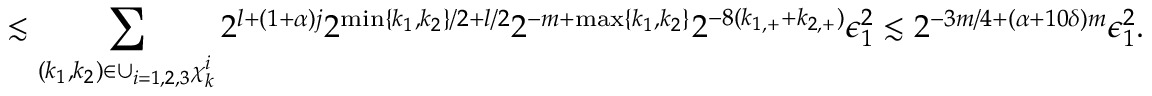
\lesssim \sum _ { ( k _ { 1 } , k _ { 2 } ) \in \cup _ { i = 1 , 2 , 3 } \chi _ { k } ^ { i } } 2 ^ { l + ( 1 + \alpha ) j } 2 ^ { \operatorname* { m i n } \{ k _ { 1 } , k _ { 2 } \} / 2 + l / 2 } 2 ^ { - m + \operatorname* { m a x } \{ k _ { 1 } , k _ { 2 } \} } 2 ^ { - 8 ( k _ { 1 , + } + k _ { 2 , + } ) } \epsilon _ { 1 } ^ { 2 } \lesssim 2 ^ { - 3 m / 4 + ( \alpha + 1 0 \delta ) m } \epsilon _ { 1 } ^ { 2 } .